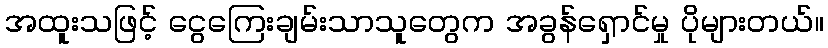
အထူးသဖြင့် ငွေကြေးချမ်းသာသူတွေက အခွန်ရှောင်မှု ပိုများတယ်။